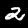
Label: 2